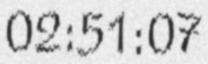
02:51:07